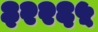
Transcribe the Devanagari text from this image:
३२२६५